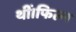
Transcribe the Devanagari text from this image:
थीं।फिल्म